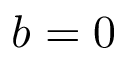
b = 0